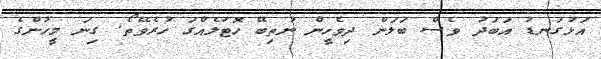
އަޅުގަނޑު އަބަދު ވެސް ބަލަން ދިވެހީން ނުތިބޭ ހޮޓަލެއްގަ ހުރެވޭތޯ. ގިނަ މީހުންގެ